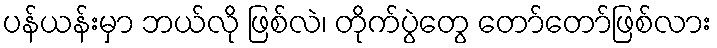
ပန်ယန်းမှာ ဘယ်လို ဖြစ်လဲ၊ တိုက်ပွဲတွေ တော်တော်ဖြစ်လား